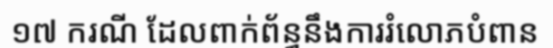
១៧ ករណី ដែលពាក់ព័ន្ធនឹងការរំលោភបំពាន